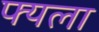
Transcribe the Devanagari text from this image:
फ्यला